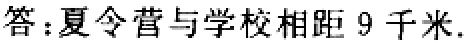
答：夏令营与学校相距 9 千米.